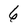
Character: 6